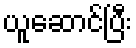
ယူဆောင်ပြီး